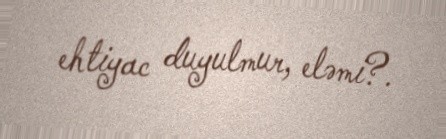
ehtiyac duyulmur, eləmi?.